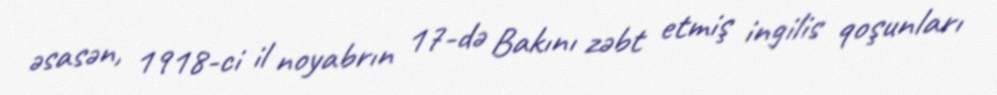
əsasən, 1918-ci il noyabrın 17-də Bakını zəbt etmiş ingilis qoşunları